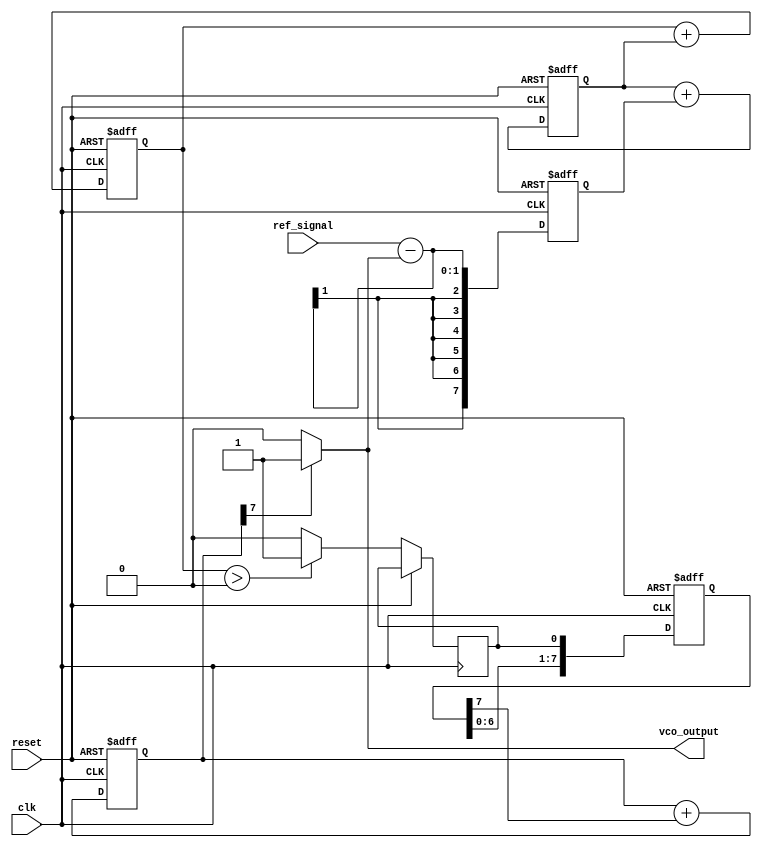
module sigma_delta_pll (
    input wire clk,               // System clock
    input wire reset,             // Reset signal
    input wire ref_signal,        // Reference input signal
    output wire vco_output        // Output of the VCO
);

// Parameters
parameter N = 8;                // Bit width for the sigma-delta modulator
parameter LOOP_FILTER_ORDER = 2; // Order of the loop filter

// Internal signals
reg [N-1:0] phase_error;        // Phase error from the phase detector
reg [N-1:0] loop_filter_out;    // Output of the loop filter
reg [N-1:0] sigma_delta_out;    // Output of the sigma-delta modulator
reg vco_control;                // Control signal for the VCO
reg [N-1:0] vco_count;          // VCO counter

// Phase Detector
always @(posedge clk or posedge reset) begin
    if (reset) begin
        phase_error <= 0;
    end else begin
        // Simple phase detector logic (can be improved)
        phase_error <= ref_signal - vco_output; // Calculate phase error
    end
end

// Loop Filter (Simple Integrator)
always @(posedge clk or posedge reset) begin
    if (reset) begin
        loop_filter_out <= 0;
    end else begin
        loop_filter_out <= loop_filter_out + phase_error; // Integrate phase error
    end
end

// Sigma-Delta Modulator
reg [N-1:0] integrator;
reg quantizer_out;

always @(posedge clk or posedge reset) begin
    if (reset) begin
        integrator <= 0;
        sigma_delta_out <= 0;
    end else begin
        integrator <= integrator + loop_filter_out; // Integrate loop filter output
        quantizer_out <= (integrator > 0) ? 1'b1 : 1'b0; // 1-bit quantizer
        sigma_delta_out <= {sigma_delta_out[N-2:0], quantizer_out}; // Shift register for bitstream
    end
end

// Voltage-Controlled Oscillator (VCO)
always @(posedge clk or posedge reset) begin
    if (reset) begin
        vco_count <= 0;
    end else begin
        // Simple VCO model: frequency controlled by the sigma-delta output
        vco_count <= vco_count + sigma_delta_out[N-1]; // Adjust frequency based on MSB
    end
end

// Output VCO signal (simple toggle based on count)
assign vco_output = (vco_count[N-1] == 1'b1) ? 1'b1 : 1'b0;

endmodule